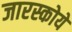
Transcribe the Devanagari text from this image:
जारस्कोये